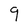
Character: 9